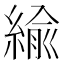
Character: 緰